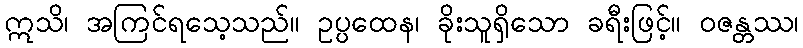
ဣသိ၊ အကြင်ရသေ့သည်။ ဥပ္ပထေန၊ ခိုးသူရှိသော ခရီးဖြင့်။ ဝဇန္တဿ၊